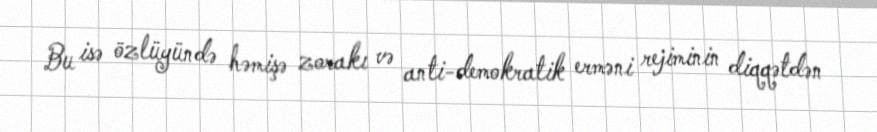
Bu isə özlüyündə həmişə zorakı və anti-demokratik erməni rejiminin diqqətdən